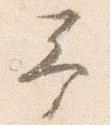
予